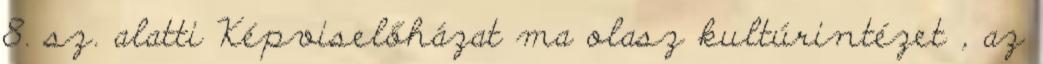
8. sz. alatti Képviselőházat ma olasz kultúrintézet , az